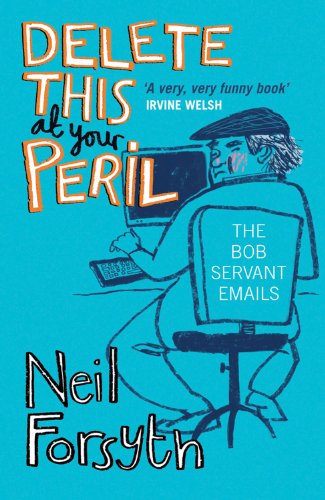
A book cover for Delete This At Your Peril: The Bob Servant Emails; Neil Forsyth; Humor & Entertainment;